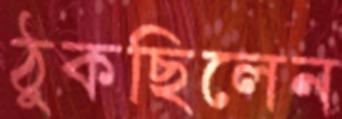
ঠুকছিলেন